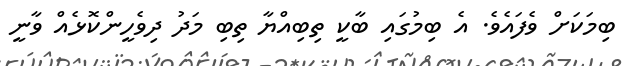
ބިމަކަށް ވެފައެވެ. އެ ބިމުގައި ބާކީ ތިބިއްޔާ ތިބި މަދު ދިވެހީންކޮޅެއް ވާނީ